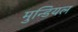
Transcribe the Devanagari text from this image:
मुन्डियल